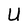
Character: U